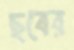
ছবের